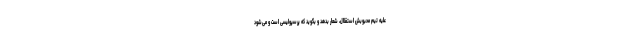
علیه تیم محبوبش استقلال، شعار بدهد و بگوید که پرسپولیسی است و می‌شود